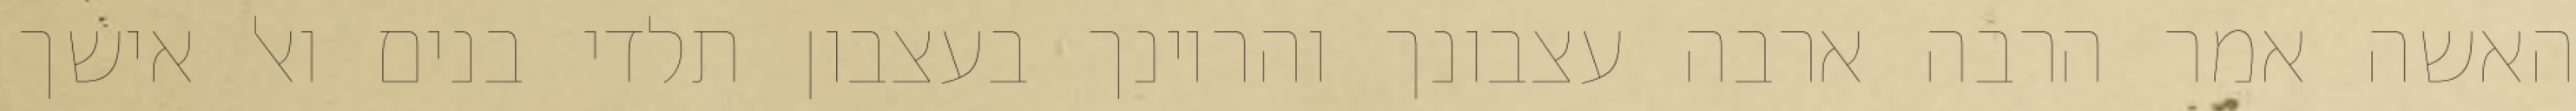
האשה אמר הרבה ארבה עצבונך והריונך בעצבון תלדי בנים ואל אישך